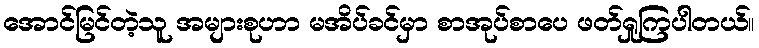
အောင်မြင်တဲ့သူ အများစုဟာ မအိပ်ခင်မှာ စာအုပ်စာပေ ဖတ်ရှုကြပါတယ်။